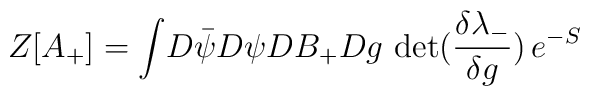
Z[A_{+} ] =   \int \! D \bar{\psi} D \psi D               B_{+}  D g \,\, {\rm det}(\frac{\delta \lambda_{-}}{\delta g})               \, e^{-S}